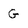
Character: G